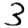
Digit: 3